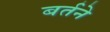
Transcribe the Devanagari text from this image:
बर्तने